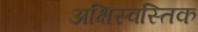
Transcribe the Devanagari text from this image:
अक्षिस्वस्तिक